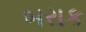
બરાક